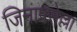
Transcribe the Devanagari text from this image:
जिनापसेल्ला